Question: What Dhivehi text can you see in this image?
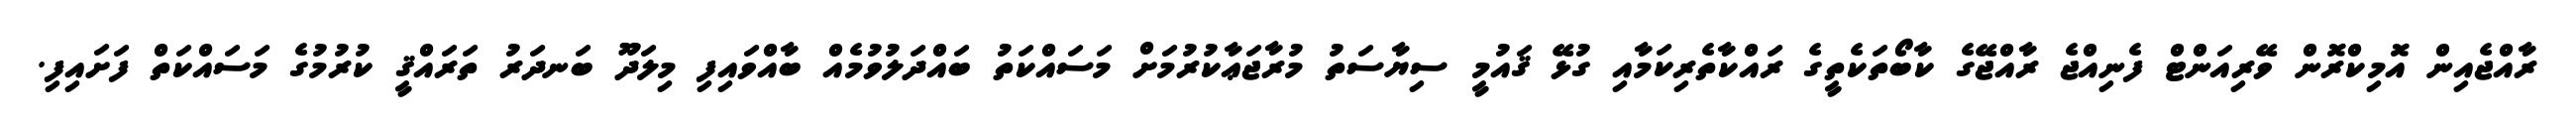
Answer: ރާއްޖެއިން އޮމިކްރޮން ވޭރިއަންޓް ފެނިއްޖެ ރާއްޖޭގެ ކާބޯތަކެތީގެ ރައްކާތެރިކަމާއި ގުޅޭ ޤައުމީ ސިޔާސަތު މުރާޖަޢާކުރުމަށް މަސައްކަތު ބައްދަލުވުމެއް ބާއްވައިފި މިލަދޫ ބަނދަރު ތަރައްޤީ ކުރުމުގެ މަސައްކަތް ފަށައިފި.